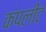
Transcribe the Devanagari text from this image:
कंपलीट